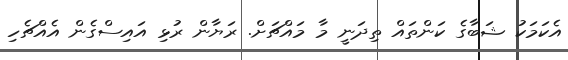
އެކަމަކު ޝަބާގެ ކަންތައް ތިދަނީ މާ މައްޗަށް. ރަޔާން ރުޅި އައިސްގެން އެއްޗެހި